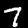
Label: 7